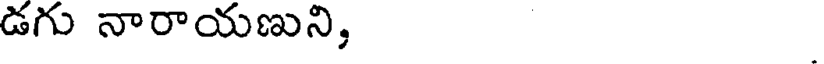
డగు నారాయణుని,